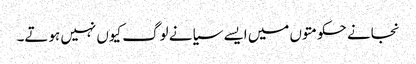
نجانے حکومتوں میں ایسے سیانے لوگ کیوں نہیں ہوتے۔